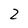
Character: 2